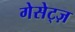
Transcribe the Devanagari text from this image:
गेसेट्ज़